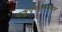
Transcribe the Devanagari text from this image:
पशुपुनरूत्पादन